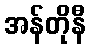
အန်တိုနီ